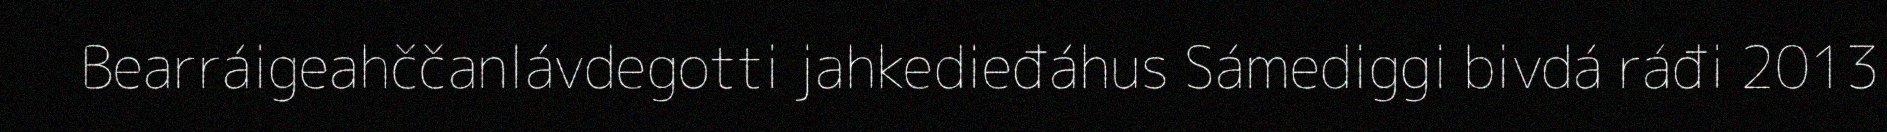
Bearráigeahččanlávdegotti jahkedieđáhus Sámediggi bivdá ráđi 2013